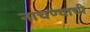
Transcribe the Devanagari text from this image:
नाचण्याची